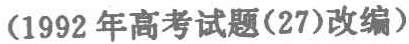
(1992年高考试题(27)改编)